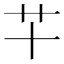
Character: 𰰜